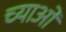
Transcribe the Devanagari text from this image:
च्याओ